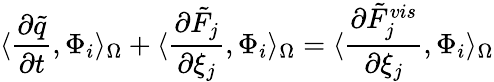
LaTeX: \langle\frac{\partial\tilde{q}}{\partial t},\Phi_{i}\rangle_{\Omega}+\langle\frac{\partial\tilde{F}_{j}}{\partial\xi_{j}},\Phi_{i}\rangle_{\Omega}=\langle\frac{\partial\tilde{F}_{j}^{vis}}{\partial\xi_{j}},\Phi_{i}\rangle_{\Omega}